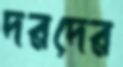
দরদের